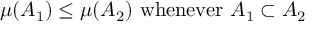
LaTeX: \mu ( A _ { 1 } ) \leq \mu ( A _ { 2 } ) { \mathrm { ~ w h e n e v e r ~ } } A _ { 1 } \subset A _ { 2 }